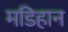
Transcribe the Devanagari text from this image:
मडिहान